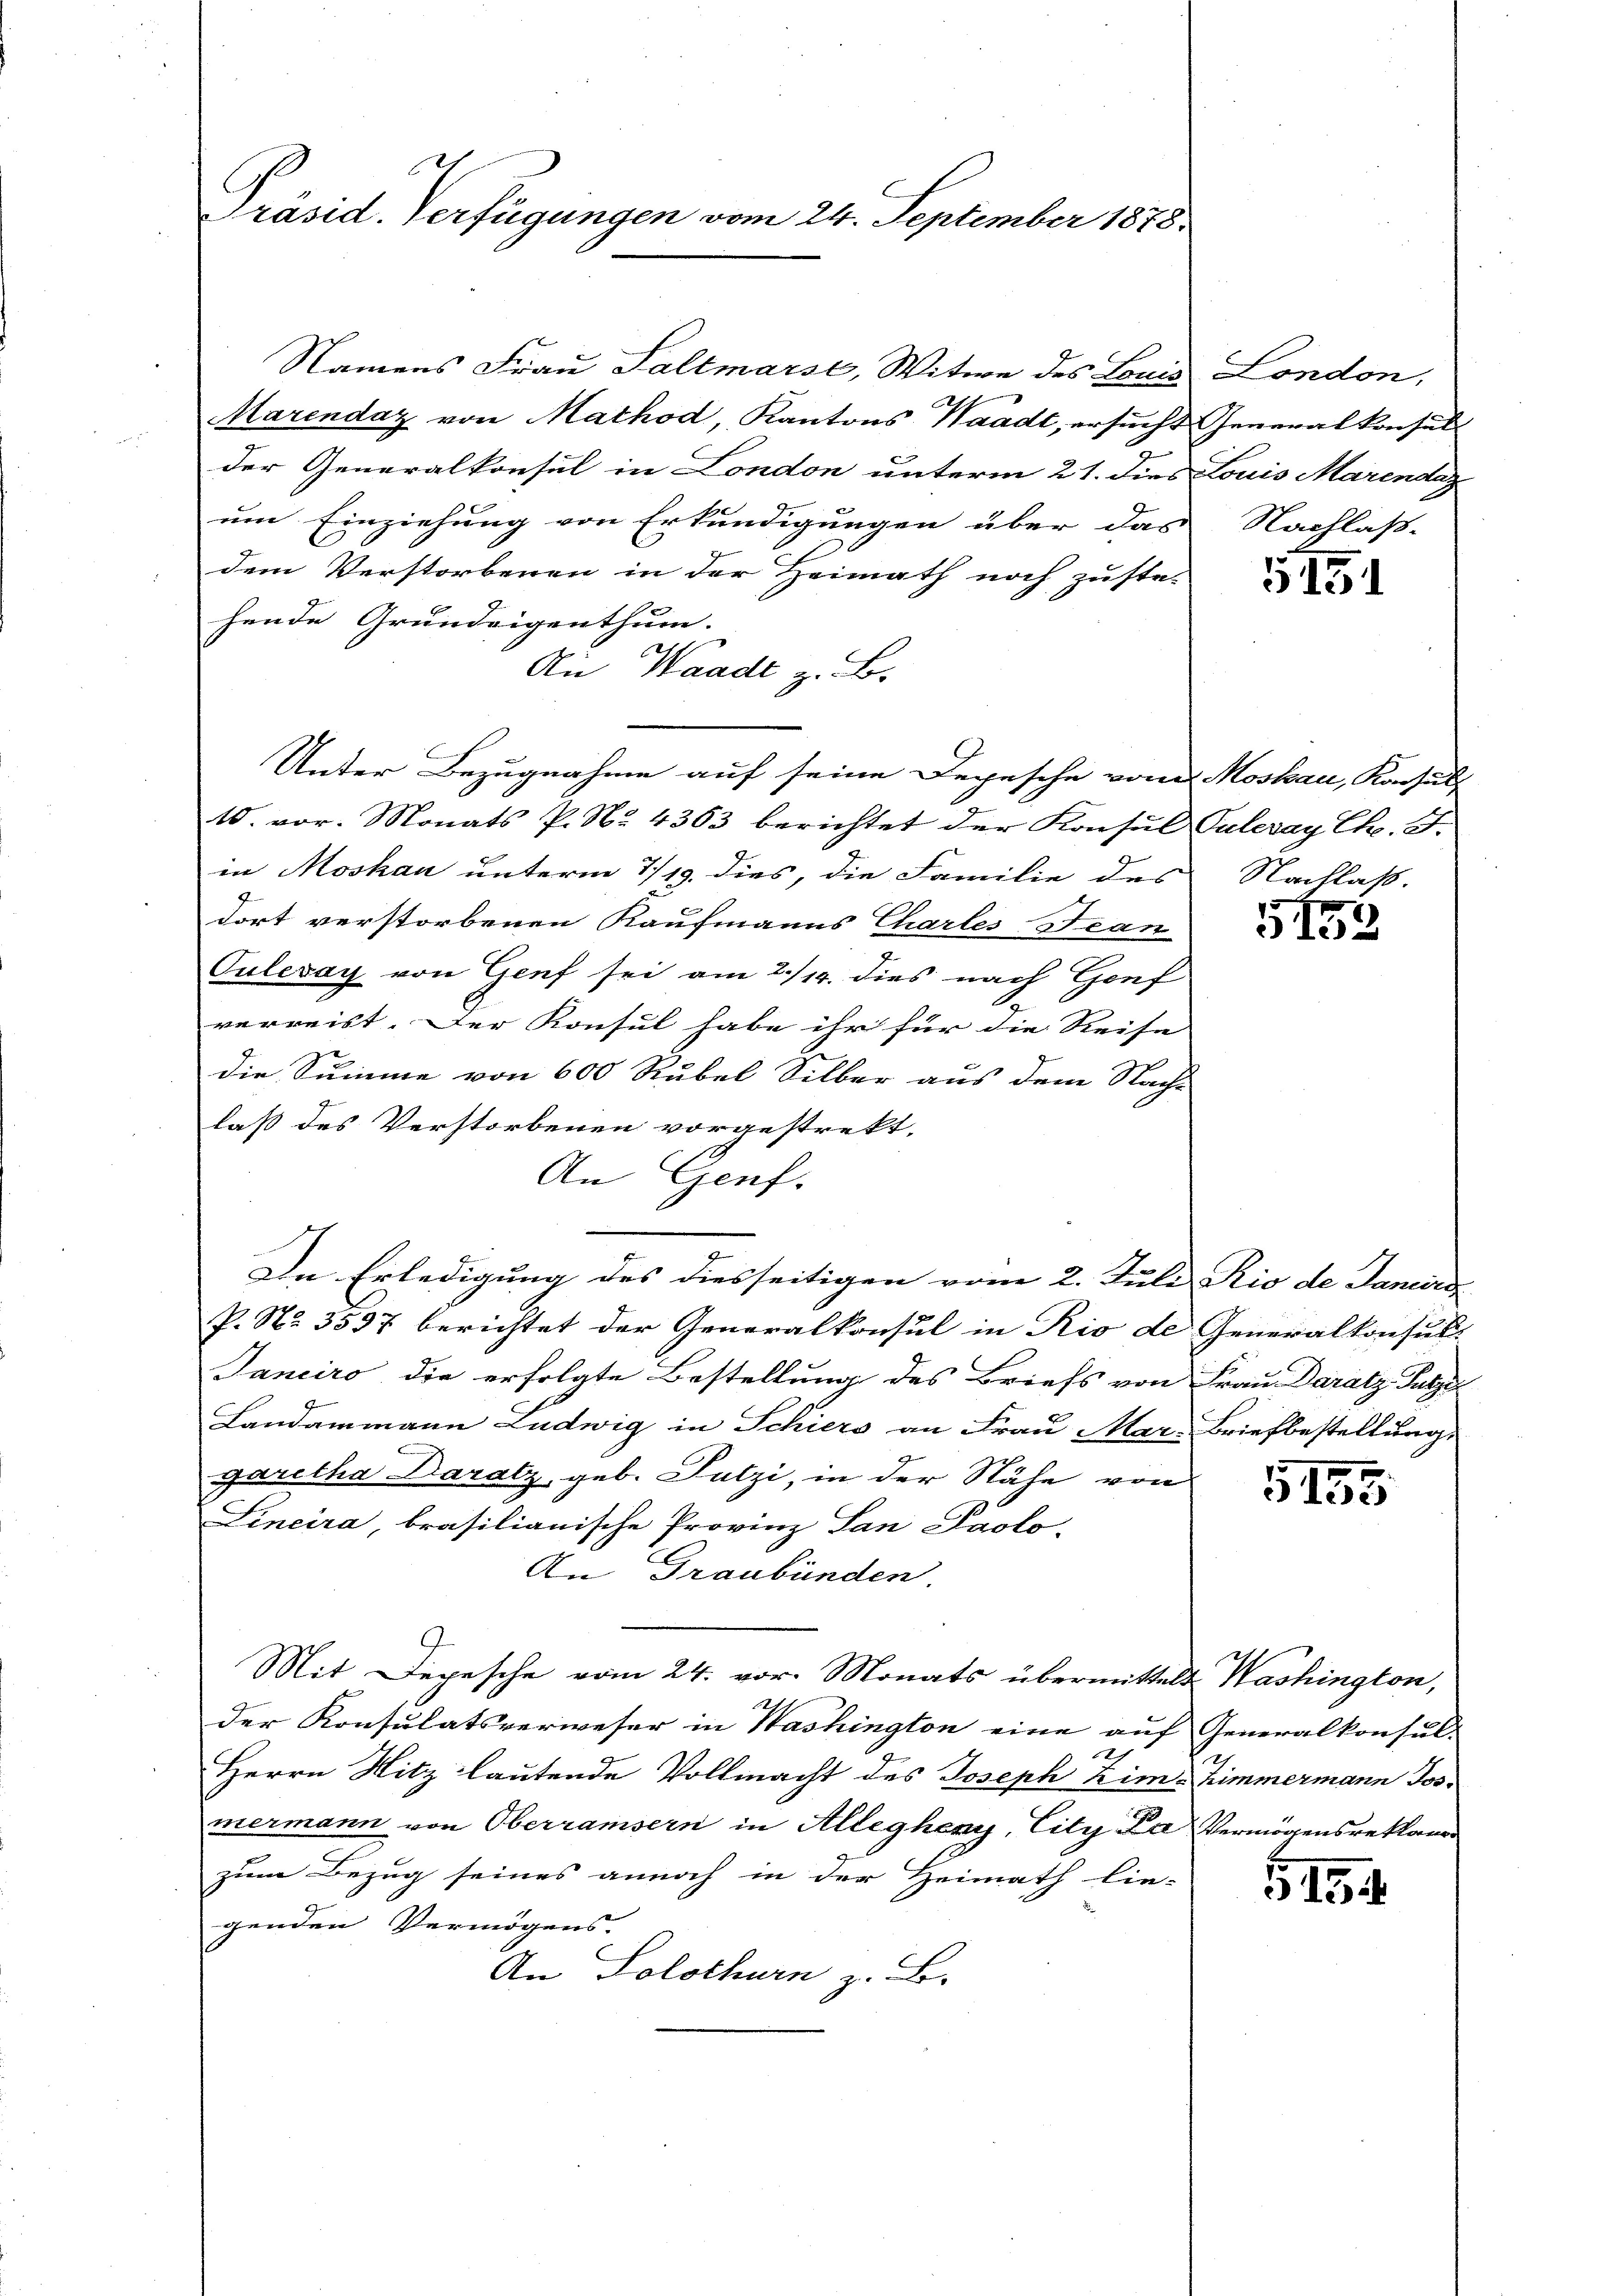
Präsid. Verfügungen vom 24. September 1878.

Namens Frau Faltmarse, Witwe des Louis London,
Marendaz von Mathod, Kantons Waadt, ersucht Generalkonsul
der Generalkonsul in London unterm 21. dies Louis Marendaz
um Einziehung von Erkundigungen über das Nachlass-
dem Verstorbenen in der Heimath noch zuste-
hende Grundeigenthum. |
An Waadt z. B.
Unter Bezugnahme auf seine Depesche von Moskau, Konsult
10. vor. Monats P. No. 4363 berichtet der Konsul Paleray Ch. St.
in Moskau unterm 7/19. dies, die Familie des Nachlass.
6
dort verstorbenen Kaufmanns Chartes Jean
Culezay von Genf sei am 2./14. dies nach Genf
verreist. Der Konsul habe ihr für die Reise
die Summe von 600 Rubel Silber aus dem Nach-
laß des Verstorbenen vorgestrekt.
An Genf.
n
In Erledigung des diesseitigen vom 2. Juli Rio de Janiis
P. Nr. 5537 berichtet der Generalkonsul in Rio de Generalkonsult
Janciro die erfolgte Bestellung des Briefs von Frau Daratz Putze
Landammann Ludwig in Schiers an Frau Mar. Briefbestellung,
garetha Daratz, geb. Putzi, in der Nähe von
Lincira, brasilianische Provinz San Paolo-
An Graubünden.
Mit Depesche vom 24. vor. Monats übermittels Washington,
der Konsulatsverweser in Washington eine auf Generalkonsul-
2
Herrn Nitz lautende Vollmacht des Joseph Kim. Zimmermann Jos.
mermann von Oberramsern in Allegheny, City La Vermögensreklamer
zum Bezug seines annoch in der Heimath lie-
genden Vermögens.
An Solothurn z. B.

5191

G,152

155

515.